Problem: 42 + 37 = ?
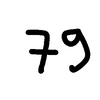
Handwritten answer: 79